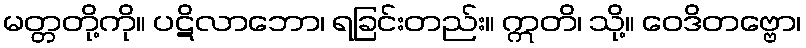
မတ္တတို့ကို။ ပဋိလာဘော၊ ရခြင်းတည်း။ ဣတိ၊ သို့။ ဝေဒိတဗ္ဗော၊